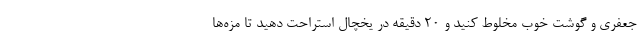
جعفری و گوشت خوب مخلوط کنید و ۲۰ دقیقه در یخچال استراحت دهید تا مزه‌ها